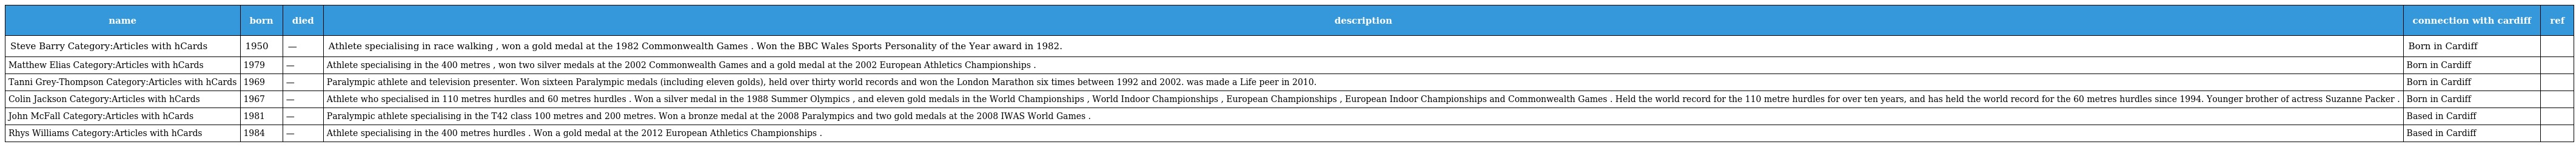
| name | born | died | description | connection with cardiff | ref |
 | --- | --- | --- | --- | --- | --- |
 | Steve Barry Category:Articles with hCards | 1950 | — | Athlete specialising in race walking , won a gold medal at the 1982 Commonwealth Games . Won the BBC Wales Sports Personality of the Year award in 1982. | Born in Cardiff |  |
 | Matthew Elias Category:Articles with hCards | 1979 | — | Athlete specialising in the 400 metres , won two silver medals at the 2002 Commonwealth Games and a gold medal at the 2002 European Athletics Championships . | Born in Cardiff |  |
 | Tanni Grey-Thompson Category:Articles with hCards | 1969 | — | Paralympic athlete and television presenter. Won sixteen Paralympic medals (including eleven golds), held over thirty world records and won the London Marathon six times between 1992 and 2002. was made a Life peer in 2010. | Born in Cardiff |  |
 | Colin Jackson Category:Articles with hCards | 1967 | — | Athlete who specialised in 110 metres hurdles and 60 metres hurdles . Won a silver medal in the 1988 Summer Olympics , and eleven gold medals in the World Championships , World Indoor Championships , European Championships , European Indoor Championships and Commonwealth Games . Held the world record for the 110 metre hurdles for over ten years, and has held the world record for the 60 metres hurdles since 1994. Younger brother of actress Suzanne Packer . | Born in Cardiff |  |
 | John McFall Category:Articles with hCards | 1981 | — | Paralympic athlete specialising in the T42 class 100 metres and 200 metres. Won a bronze medal at the 2008 Paralympics and two gold medals at the 2008 IWAS World Games . | Based in Cardiff |  |
 | Rhys Williams Category:Articles with hCards | 1984 | — | Athlete specialising in the 400 metres hurdles . Won a gold medal at the 2012 European Athletics Championships . | Based in Cardiff |  |